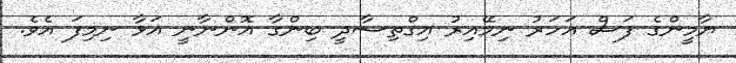
ޔާމީންގެ ފަސް އަހަރު ނިމޭއިރު އިގްތިސާދީ ބިންގާ އޮންނާނީ އަޅާ ނިމިފަ އެވެ.